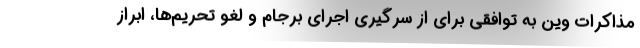
مذاکرات وین به توافقی برای از سرگیری اجرای برجام و لغو تحریم‌ها، ابراز